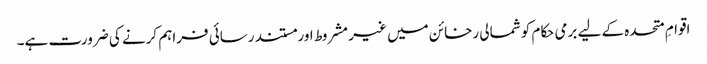
اقوامِ متحدہ کے لیے برمی حکام کو شمالی رخائن میں غیر مشروط اور مستند رسائی فراہم کرنے کی ضرورت ہے۔